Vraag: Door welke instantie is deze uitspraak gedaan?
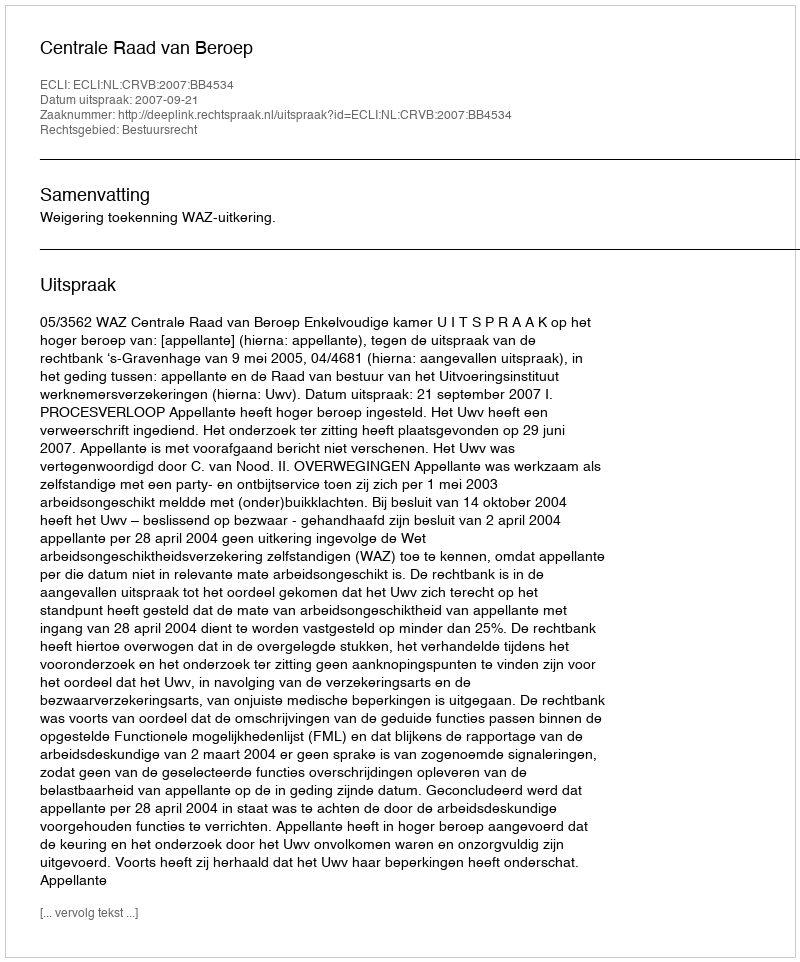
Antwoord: Centrale Raad van Beroep